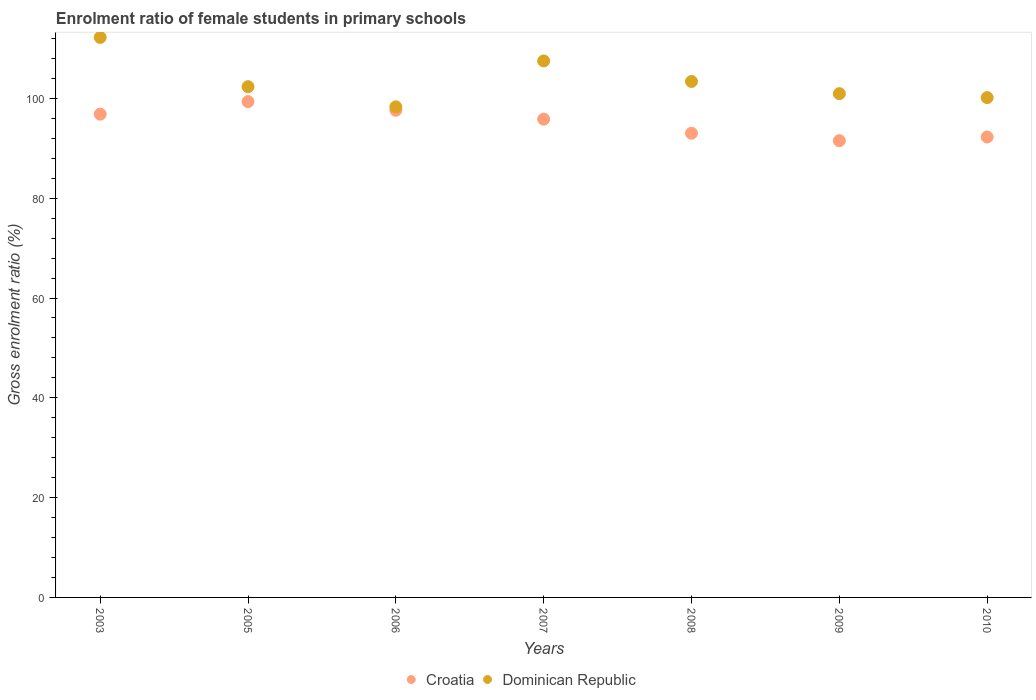
| Years | Croatia | Dominican Republic |
 | --- | --- | --- |
 | 2003 | 96.8 | 112 |
 | 2005 | 99.3 | 102 |
 | 2006 | 97.6 | 98.3 |
 | 2007 | 95.8 | 108 |
 | 2008 | 93 | 103 |
 | 2009 | 91.5 | 101 |
 | 2010 | 92.3 | 100 |